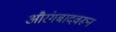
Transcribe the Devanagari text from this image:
औरंगबादवरून